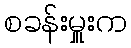
စခန်းမှူးက